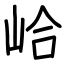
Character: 峆